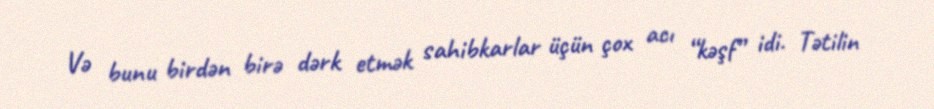
Və bunu birdən birə dərk etmək sahibkarlar üçün çox acı “kəşf” idi. Tətilin